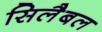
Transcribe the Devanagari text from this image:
सिलैबल